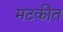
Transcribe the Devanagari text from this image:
मटकीत